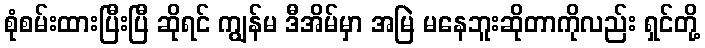
စုံစမ်းထားပြီးပြီ ဆိုရင် ကျွန်မ ဒီအိမ်မှာ အမြဲ မနေဘူးဆိုတာကိုလည်း ရှင်တို့